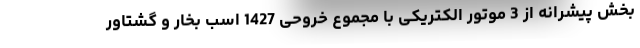
بخش پیشرانه از 3 موتور الکتریکی با مجموع خروحی 1427 اسب بخار و گشتاور